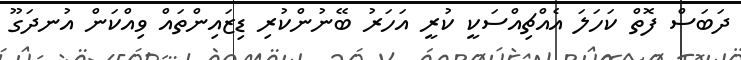
ދަބަސް ފޮތް ކަހަލަ އެއްޗިއްސަކީ ކުރީ އަހަރު ބޭނުންކުރި ޑިޒައިންތައް ވިއްކަން އުނދަގޫ